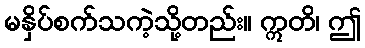
မနှိပ်စက်သကဲ့သို့တည်း။ ဣတိ၊ ဤ